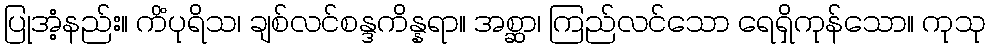
ပြုအံ့နည်း။ ကိံပုရိသ၊ ချစ်လင်စန္ဒကိန္နရာ။ အစ္ဆာ၊ ကြည်လင်သော ရေရှိကုန်သော။ ကုသု